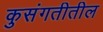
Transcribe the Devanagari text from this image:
कुसंगतीतील